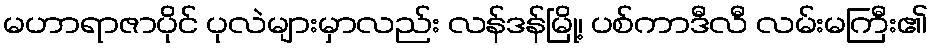
မဟာရာဇာပိုင် ပုလဲများမှာလည်း လန်ဒန်မြို့၊ ပစ်ကာဒီလီ လမ်းမကြီး၏